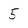
Character: 5